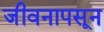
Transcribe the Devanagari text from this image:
जीवनापसून